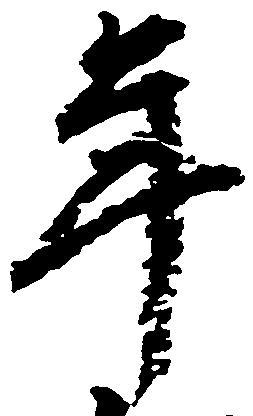
年